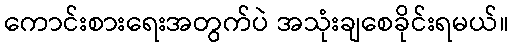
ကောင်းစားရေးအတွက်ပဲ အသုံးချစေခိုင်းရမယ်။